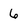
Character: 6